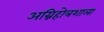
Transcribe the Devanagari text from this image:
अग्निहोत्रशाला